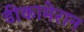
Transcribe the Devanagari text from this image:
डीकामेरान